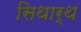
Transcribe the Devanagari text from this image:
सिथार्थ